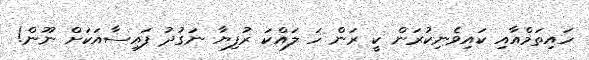
ހައިތަމްއާއި ކައިވެނިކުރަން ކީ ރަން ހަ ލައްކަ ރުފިޔާ ނަގުދު ފައިސާއަކަށް ނޫން!